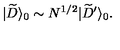
| { \widetilde D } \rangle _ { 0 } \sim N ^ { 1 / 2 } | { \widetilde D } ^ { \prime } \rangle _ { 0 } .